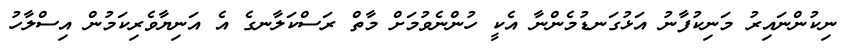
ނިކުންނައިރު މަނިކުފާނު އަޅުގަނޑުމެންނާ އެކީ ހުންނެވުމަށް މާތް ރަސްކަލާނގެ އެ އަނިޔާވެރިކަމުން އިސްލާހު